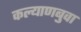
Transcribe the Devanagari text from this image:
कल्याणबुवा